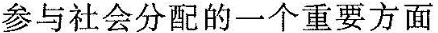
参与社会分配的一个重要方面